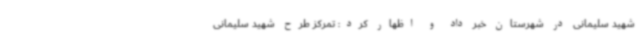
شهید سلیمانی در شهرستان خبر داد و اظهار کرد: تمرکز طرح شهید سلیمانی